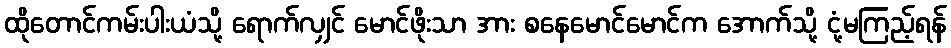
ထိုတောင်ကမ်းပါးယံသို့ ရောက်လျှင် မောင်ဖိုးသာ အား စနေမောင်မောင်က အောက်သို့ ငုံ့မကြည့်ရန်